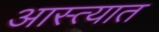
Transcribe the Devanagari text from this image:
आस्त्यात